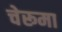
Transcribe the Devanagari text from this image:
चेरूमा